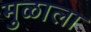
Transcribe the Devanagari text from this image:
मुळाला